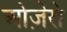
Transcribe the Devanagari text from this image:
ओज़ेरो